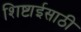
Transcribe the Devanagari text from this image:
शिष्टाईसाठी